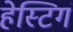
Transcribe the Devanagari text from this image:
हेस्टिगं